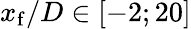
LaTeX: x_{\mathrm{f}}/D\in[-2;20]